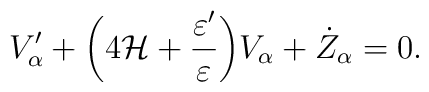
V'_{\alpha} + \biggl( 4 {\cal H} + \frac{\varepsilon'}{\varepsilon}\biggr) V_{\alpha} + \dot{Z}_{\alpha} =0.